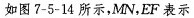
如图7-5-14所示，MN，EF表示